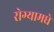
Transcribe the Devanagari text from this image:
रोग्यामधे